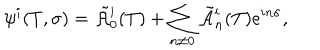
LaTeX: \psi ^ { i } ( T , \sigma ) = \tilde { \cal A } \vphantom { \cal A } _ { 0 } ^ { i } ( T ) + \sum _ { n \not = 0 } \tilde { \cal A } \vphantom { \cal A } _ { n } ^ { i } ( T ) e ^ { i n \sigma } ,